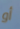
أو